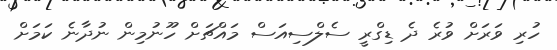
ހުރި ވަރަށް ވުރެ ދެ ޑިގްރީ ސެލްސިއަސް މައްޗަށް ހޫނުމިން ނުދާނެ ކަމަށް